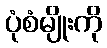
ပုံစံမျိုးကို